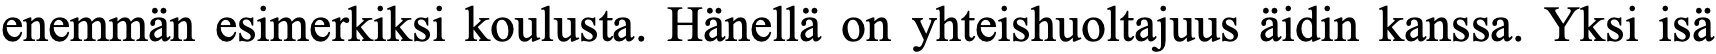
enemmän esimerkiksi koulusta. Hänellä on yhteishuoltajuus äidin kanssa. Yksi isä